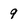
Character: 9